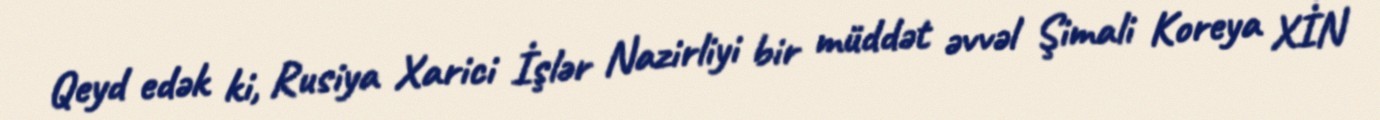
Qeyd edək ki, Rusiya Xarici İşlər Nazirliyi bir müddət əvvəl Şimali Koreya XİN